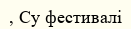
, Су фестивалі